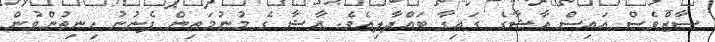
ސާޒްވެސް އައިސް އާޝާގެ ގައިގާ ބައްދާލިއެވެ. އާޝާ ގެ މުނުމަތިން ފެނުނު ހިނިތުންވުން